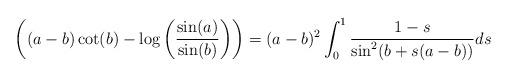
LaTeX: \begin{align*}\left( (a-b)\cot(b)-\log\left( \frac{\sin(a)}{\sin(b)} \right)\right) = (a-b)^{2}\int_{0}^{1}\frac{1-s}{\sin^{2}(b+s(a-b))}ds\end{align*}